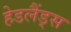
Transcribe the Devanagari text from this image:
हेडलैंड्स